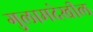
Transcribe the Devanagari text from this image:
गुलामदेखील